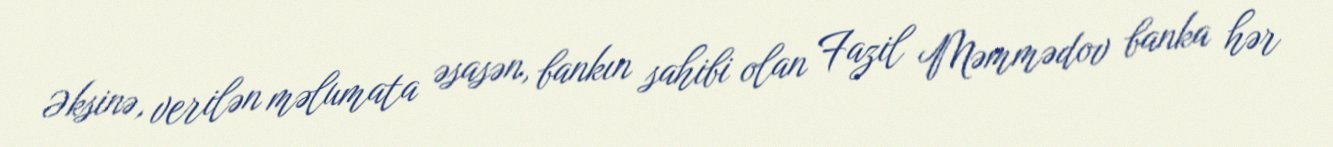
Əksinə, verilən məlumata əsasən, bankın sahibi olan Fazil Məmmədov banka hər